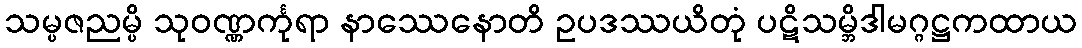
သမ္ပဇညမ္ပိ သုဝဏ္ဏင်္ကုရာ နာဿေနောတိ ဥပဒဿယိတုံ ပဋိသမ္ဘိဒါမဂ္ဂဋ္ဌကထာယ